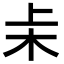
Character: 𬂞